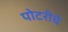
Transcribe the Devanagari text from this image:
पोटरीचे